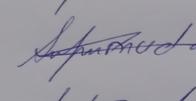
Signature authenticity: genuine